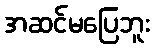
အဆင်မပြေဘူး